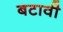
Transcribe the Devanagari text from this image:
बटावी